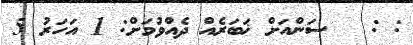
: :   ސަންއަށް ޚަބަރެއް ދެއްވުމަށް: 1 އަހަރު 5